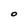
Character: o